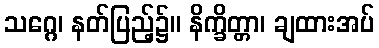
သဂ္ဂေ၊ နတ်ပြည့်၌။ နိက္ခိတ္တာ၊ ချထားအပ်